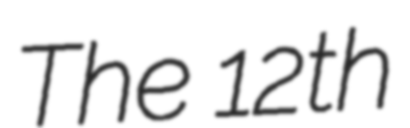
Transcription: The 12th